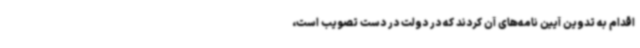
اقدام به تدوین آیین نامه‌های آن کردند که در دولت در دست تصویب است،